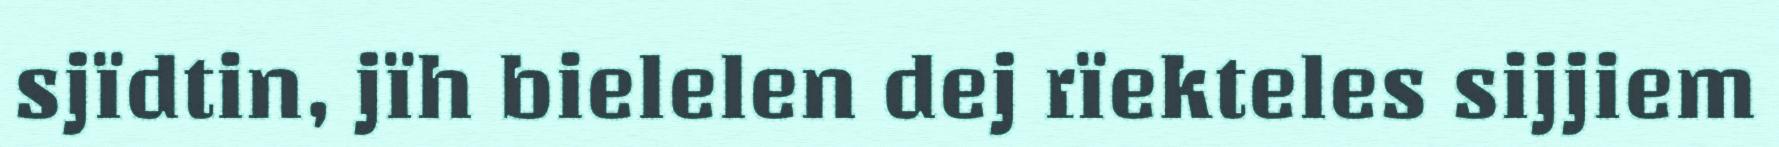
sjïdtin, jïh bielelen dej rïekteles sijjiem